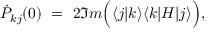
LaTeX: \dot { P } _ { k j } ( 0 ) \ = \ 2 \Im m \Big ( \langle j | k \rangle \langle k | H | j \rangle \Big ) ,